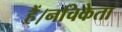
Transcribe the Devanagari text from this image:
हैं।नचिकेता